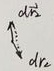
\[
\begin{matrix}
 & & d\vec{r}_2 \\
 & \nearrow & \\
d\vec{r}_{相对} & & \\
 & \searrow & \\
 & & d\vec{r}_1
\end{matrix}
\]